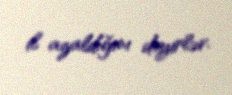
il azaldığını deyirlər.